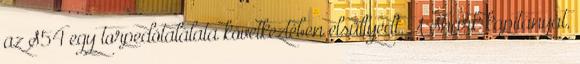
az S54 egy torpedótalálata következtében elsüllyedt. A Shark kapitányát,